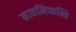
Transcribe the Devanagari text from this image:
मानमिच्छन्ति